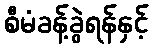
စီမံခန့်ခွဲရန်နှင့်